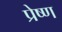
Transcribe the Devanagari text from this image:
प्रेष्ण